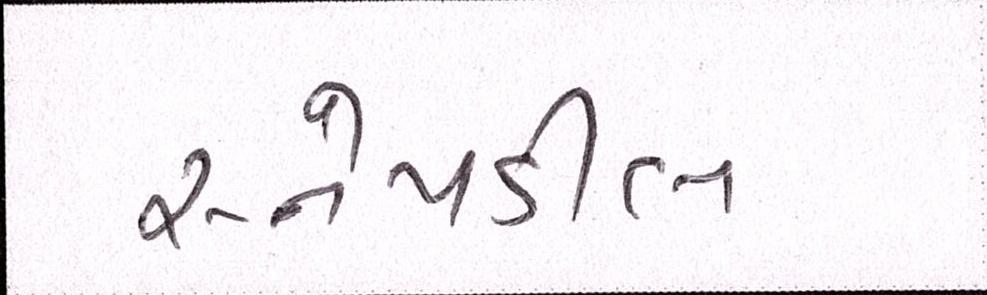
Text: સ્નેપડીલ